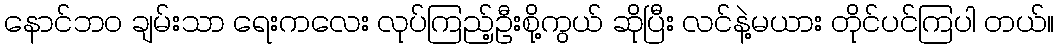
နောင်ဘဝ ချမ်းသာ ရေးကလေး လုပ်ကြည့်ဦးစို့ကွယ် ဆိုပြီး လင်နဲ့မယား တိုင်ပင်ကြပါ တယ်။